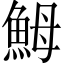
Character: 𩶋